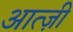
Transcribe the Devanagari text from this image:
आत्ज़ी